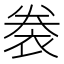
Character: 𧙯